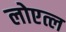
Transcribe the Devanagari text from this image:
लोएत्ल